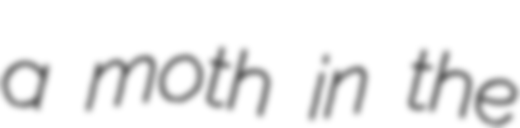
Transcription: a moth in the